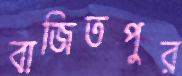
বাজিতপুর